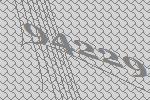
94229